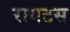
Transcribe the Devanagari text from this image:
रायटस